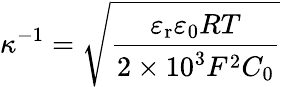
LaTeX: \kappa^{-1}={\sqrt{\frac{\varepsilon_{\mathrm{{r}}}\varepsilon_{0}RT}{2\times 10^{3}F^{2}C_{0}}}}